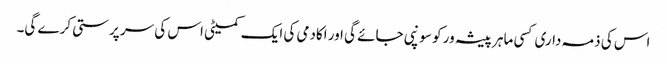
اس کی ذمہ داری کسی ماہر پیشہ ور کو سونپی جائے گی اور اکادمی کی ایک کمیٹی اس کی سر پرستی کرے گی۔